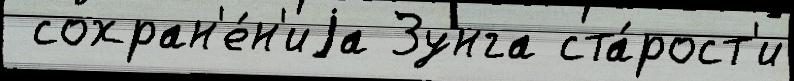
 сохран'е́н'иjа Зунга ста́рост'и